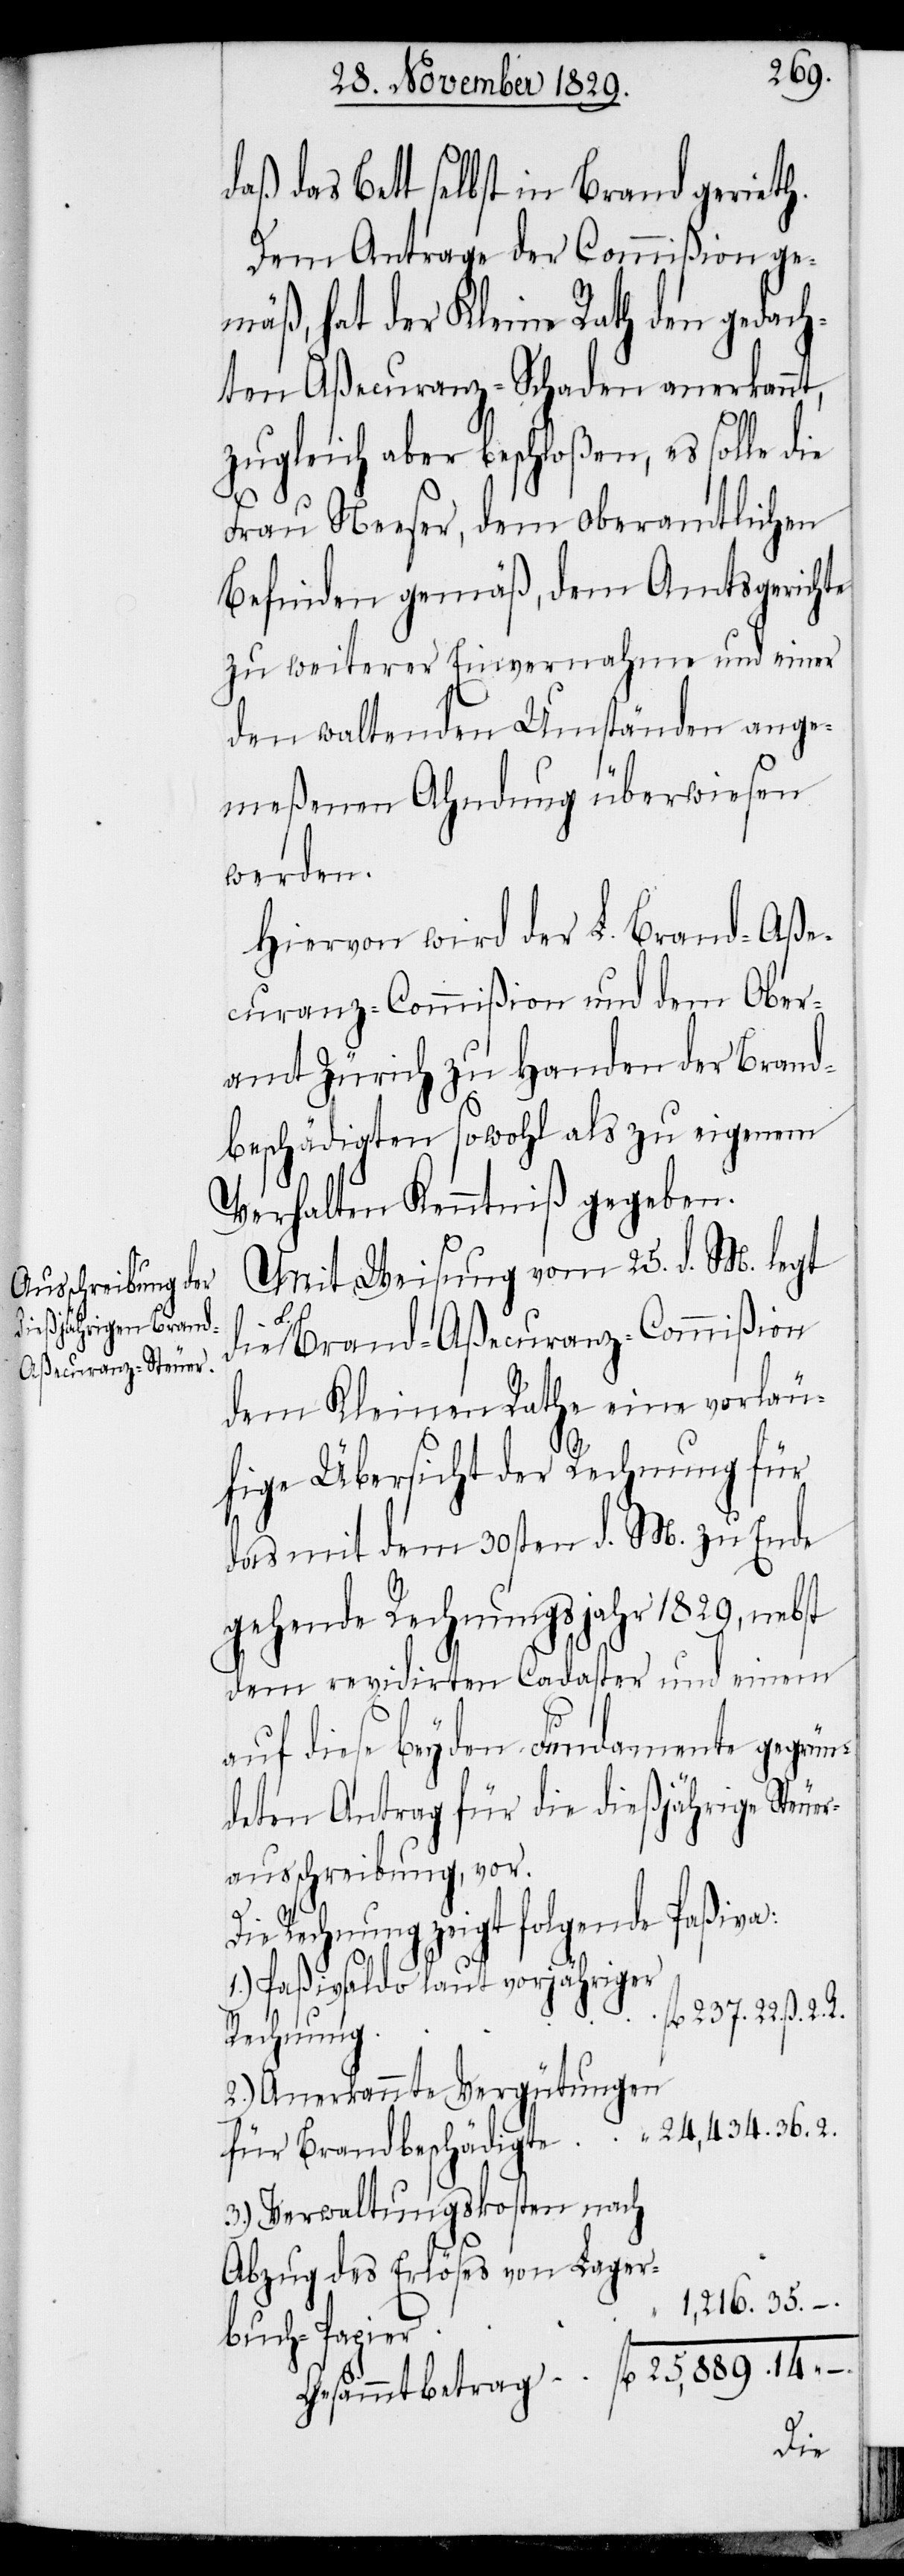
das Bett selbst in Brand geräth.
Dem Antrage der Commißion ge¬
mäß, hat der Kleine Rath den gedach¬
ten Aßecuranz-Schaden anerkannt,
zugleich aber beschloßen, es solle die
Frau Neeser, dem oberamtlichen
Befinden gemäß, dem Amtsgerichte
zu weiterer Einvernahme und einer
den waltenden Umständen ange¬
meßenen Ahndung überwiesen
werden.
Hiervon wird der L. Brand-Aße¬
curanz-Commißion und dem Ober¬
amt Zürich zu Handen der Brand¬
beschädigten sowohl als zu eigenem
Verhalten Kenntniß gegeben.
Mit Weisung vom 25. d. M. legt
R.
L. Brand-Aßecuranz-Commißion
dem Kleinen Rathe eine vorläu¬
fige Übersicht der Rechnung für
das mit dem 30sten d. M. zu Ende
gehende Rechnungsjahr 1829, nebst
dem revidirten Cadaster und einem
auf diese beyden Fundamente gegrün¬
deten Antrag für die dießjährige Steue¬
rausschreibung, vor.
Die Rechnung zeigt folgende Paßiva:
1.) Paßivsaldo laut vorjähriger
Rechnung
2.) Anerkannte Vergütungen
24,434.36.2.
für Brandbeschädigte
3.) Verwaltungskosten nach
Abzug des Erlöses von Lager¬
1,216.35.–.
buch-Papier
die